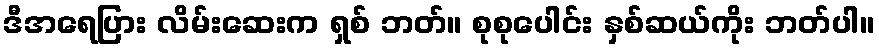
ဒီအရေပြား လိမ်းဆေးက ရှစ် ဘတ်။ စုစုပေါင်း နှစ်ဆယ်ကိုး ဘတ်ပါ။